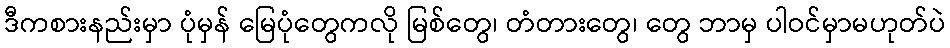
ဒီကစားနည်းမှာ ပုံမှန် မြေပုံတွေကလို မြစ်တွေ၊ တံတားတွေ၊ တွေ ဘာမှ ပါဝင်မှာမဟုတ်ပဲ